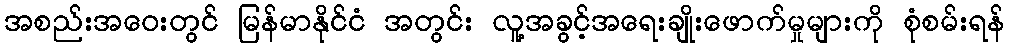
အစည်းအဝေးတွင် မြန်မာနိုင်ငံ အတွင်း လူ့အခွင့်အရေးချိုးဖောက်မှုများကို စုံစမ်းရန်